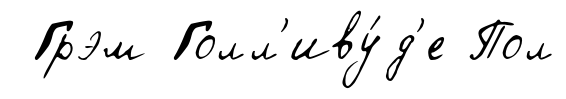
Грэм Голл'иву́д'е Пол